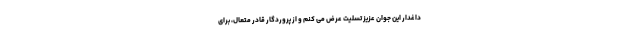
داغدار این جوان عزیز تسلیت عرض می کنم و از پروردگار قادر متعال، برای